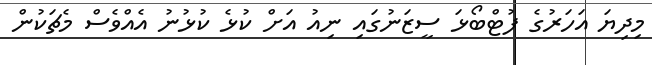
މިދިޔަ އަހަރުގެ ފުޓްބޯޅަ ސީޒަނުގައި ނިއު އަށް ކުޅެ ކުޅުނު އެއްވެސް މެޗަކުން